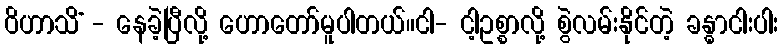
ဝိဟာသိံ - နေခဲ့ပြီလို့ ဟောတော်မူပါတယ်။ငါ- ငါ့ဥစ္စာလို့ စွဲလမ်းနိုင်တဲ့ ခန္ဓာငါးပါး